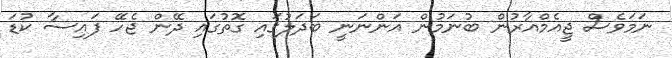
ނަމަވެސް ޖީއެމްއާރުން ބުނަމުން އަންނަނީ ބަދަލުގައި ގޮތުގައި ދޭން ޖެހޭ ފައިސާ ކުޑަ